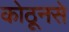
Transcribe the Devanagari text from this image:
कोठूनसे